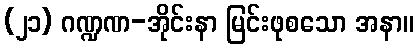
(၂၁) ဂဏ္ဍဏ-အိုင်းနာ မြင်းဖုစသော အနာ။